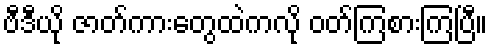
ဗီဒီယို ဇာတ်ကားတွေထဲကလို ဝတ်ကြစားကြပြီ။